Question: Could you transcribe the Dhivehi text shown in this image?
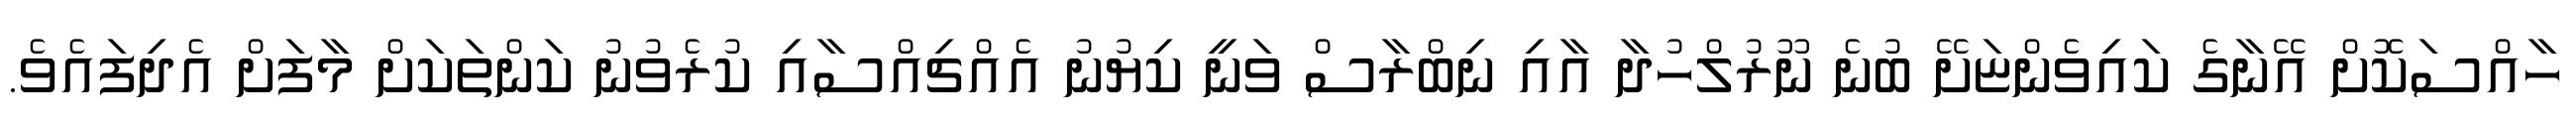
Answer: ހާއްސަކޮށް އޭނާގެ ކައިވެންޏަށޭ ބުނެ ނޫރުލްހުދާ އާއި ނިބްރާސް ވަނީ ކިޔުނު އެއްޗިއްސާއި ކުރެވުނު ކަންތަކަށް މާފަށް އެދިފައެވެ.